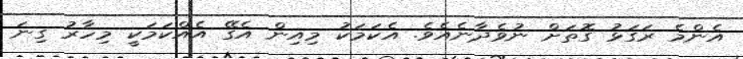
އެންމެ ރަގަޅު ގޮތަށް ނުވެދާނެއެވެ. އެކަމަކު މިއިން އެގޭ އެއްކަމަކީ މިހާރު ގިނަ